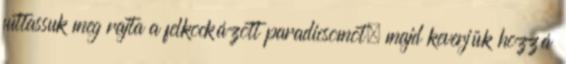
futtassuk meg rajta a felkockázott paradicsomot, majd keverjük hozzá